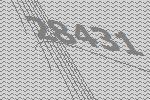
28431